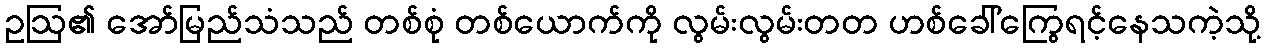
ဥဩ၏ အော်မြည်သံသည် တစ်စုံ တစ်ယောက်ကို လွမ်းလွမ်းတတ ဟစ်ခေါ်ကြွေရင့်နေသကဲ့သို့